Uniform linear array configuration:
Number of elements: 64
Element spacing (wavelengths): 0.25
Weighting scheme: binomial
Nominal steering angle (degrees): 60
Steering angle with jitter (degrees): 60.709
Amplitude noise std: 0.05
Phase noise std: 0.05

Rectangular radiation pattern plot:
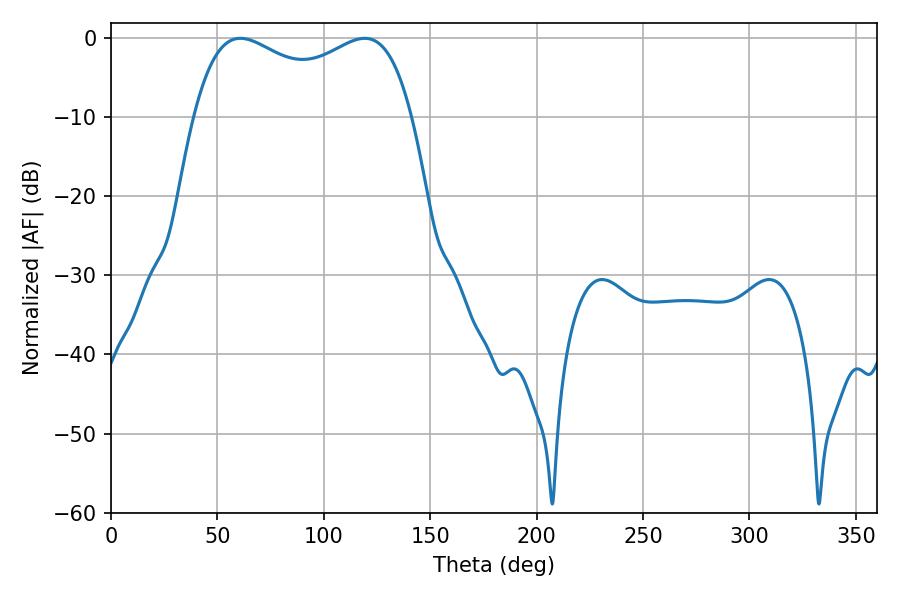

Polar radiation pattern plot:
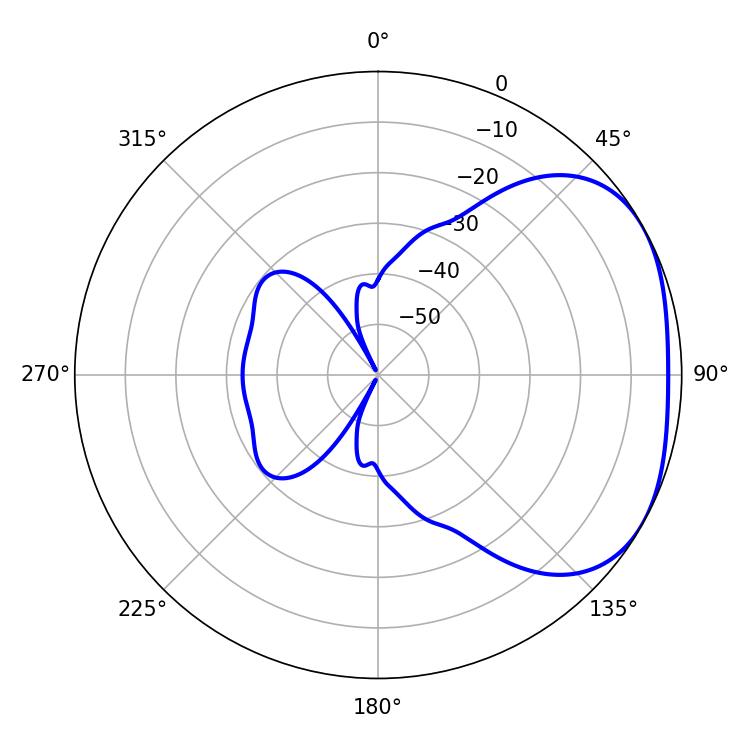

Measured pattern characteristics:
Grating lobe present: FALSE
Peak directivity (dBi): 2.636
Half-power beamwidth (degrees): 84.6
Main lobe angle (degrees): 60.84